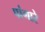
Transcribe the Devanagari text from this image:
पांगारे